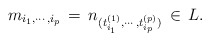
\begin{align*} m_{i_1,\cdots, i_p} \,=\, n_{(t^{(1)}_{i_1}, \cdots, t^{(p)}_{i_p})} \,\in \, L. \end{align*}